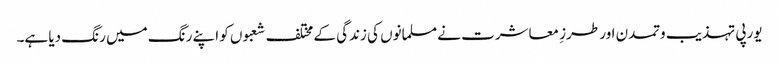
یورپی تہذیب وتمدن اور طرزِ معاشرت نے مسلمانوں کی زندگی کے مختلف شعبوں کو اپنے رنگ میں رنگ دیا ہے۔